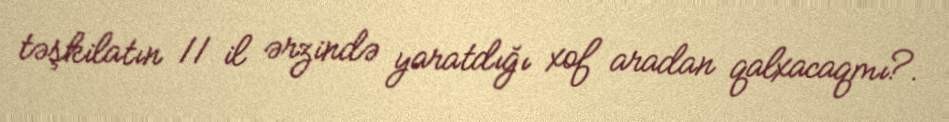
təşkilatın 11 il ərzində yaratdığı xof aradan qalxacaqmı?.